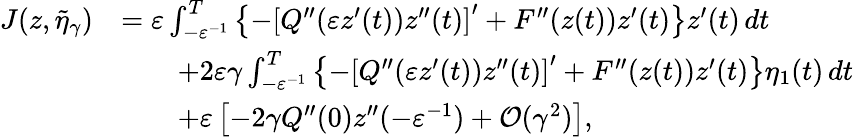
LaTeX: \begin{array}{rl}{J(z,\tilde{\eta}_{\gamma})}&{=\varepsilon\int_{-\varepsilon^{-1}}^{T}\left\{ -\left[Q^{\prime\prime}(\varepsilon z^{\prime}(t))z^{\prime\prime}(t)\right]^{\prime}+F^{\prime\prime}(z(t))z^{\prime}(t)\right\} z^{\prime}(t)\, dt}\\ &{\qquad+2\varepsilon\gamma\int_{-\varepsilon^{-1}}^{T}\left\{ -\left[Q^{\prime\prime}(\varepsilon z^{\prime}(t))z^{\prime\prime}(t)\right]^{\prime}+F^{\prime\prime}(z(t))z^{\prime}(t)\right\} \eta_{1}(t)\, dt}\\ &{\qquad+\varepsilon\left[-2\gamma Q^{\prime\prime}(0)z^{\prime\prime}(-\varepsilon^{-1})+\mathcal{O}(\gamma^{2})\right],}\end{array}